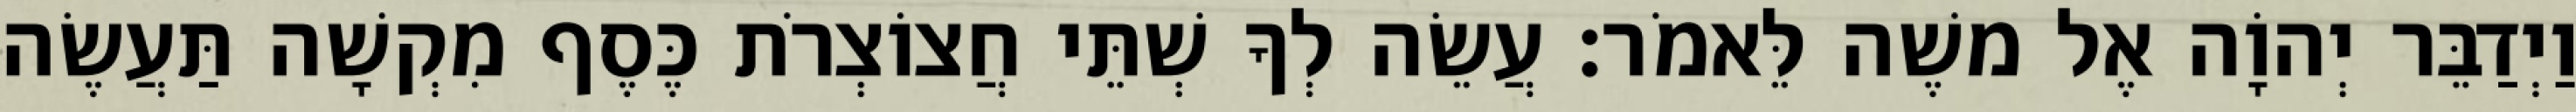
וַיְדַבֵּר יְהוָֹה אֶל משֶׁה לֵּאמֹר׃ עֲשֵׂה לְךָ שְׁתֵּי חֲצוֹצְרֹת כֶּסֶף מִקְשָׁה תַּעֲשֶׂה